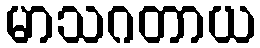
မာသဂတာယ